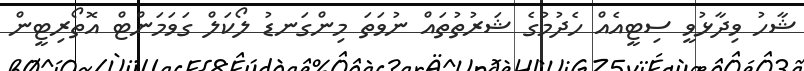
ޝާހު ވިދާޅުވީ ސިޓީއެއް ހެދުމުގެ ޝަރުތުތައް ނުވަތަ މިންގަނޑު ލޯކަލް ގަވަމަންޓް އޮތޯރިޓީން